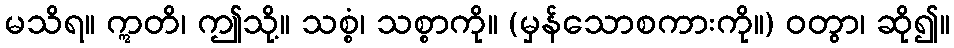
မသိရ။ ဣတိ၊ ဤသို့။ သစ္စံ၊ သစ္စာကို။ (မှန်သောစကားကို။) ဝတွာ၊ ဆို၍။